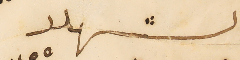
بالشهود